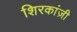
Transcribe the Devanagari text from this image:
शिरकांज़ी